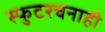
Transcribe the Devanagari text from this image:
स्फुटरचनाही